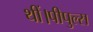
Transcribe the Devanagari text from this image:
थीं।पीपुल्स